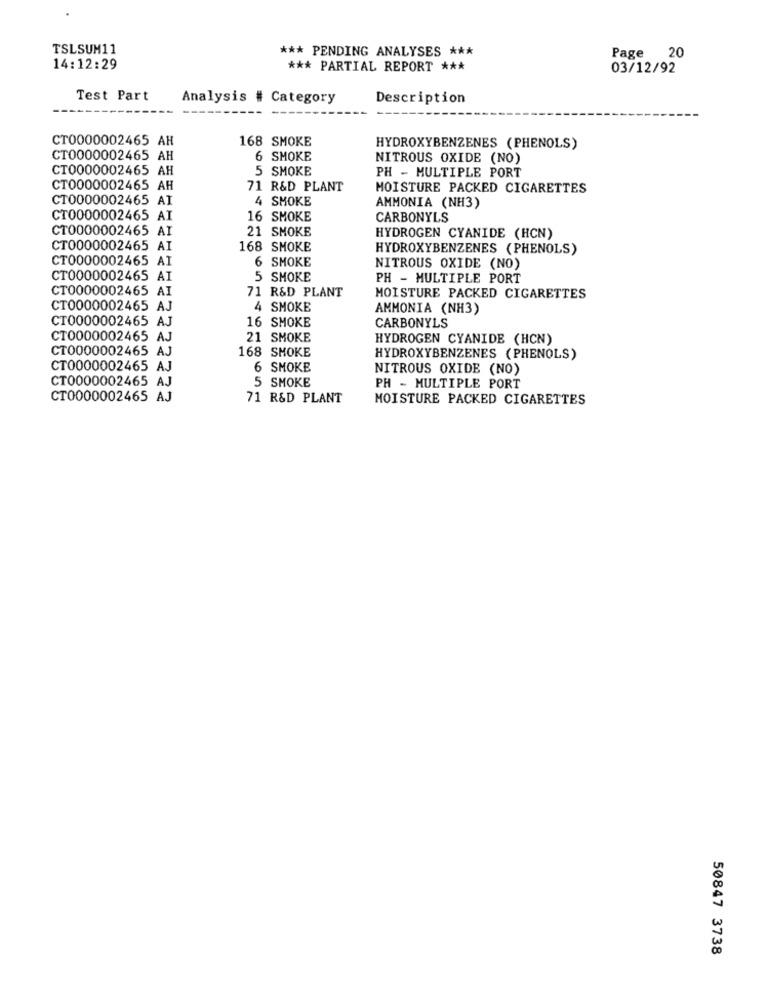
TSLSUM11
*** PENDING ANALYSES ***
20
Page
14:12:29
*** PARTIAL REPORT ***
03/12/92
Test Part
Analysis # Category
Description
CT0000002465 AH
168 SMOKE
HYDROXYBENZENES (PHENOLS)
CT0000002465 AH
6 SMOKE
NITROUS OXIDE (NO)
CT0000002465 AH
5 SMOKE
PH - MULTIPLE PORT
CT0000002465 AH
71 R&D PLANT
MOISTURE PACKED CIGARETTES
CT0000002465 AI
4 SMOKE
AMMONIA (NH3)
CT0000002465 AI
16 SMOKE
CARBONYLS
CT0000002465 AI
21 SMOKE
HYDROGEN CYANIDE (HCN)
CT0000002465 AI
168 SMOKE
HYDROXYBENZENES (PHENOLS)
CT0000002465 AI
6 SMOKE
NITROUS OXIDE (NO)
CT0000002465 AI
5 SMOKE
PH - MULTIPLE PORT
CT0000002465 AI
71 R&D PLANT
MOISTURE PACKED CIGARETTES
CT0000002465 AJ
4 SMOKE
AMMONIA (NH3)
CT0000002465 AJ
16 SMOKE
CARBONYLS
CT0000002465 AJ
21 SMOKE
HYDROGEN CYANIDE (HCN)
CT0000002465 AJ
168 SMOKE
HYDROXYBENZENES (PHENOLS)
CT0000002465 AJ
6 SMOKE
NITROUS OXIDE (NO)
CT0000002465 AJ
5 SMOKE
PH - MULTIPLE PORT
CT0000002465 AJ
71 R&D PLANT
MOISTURE PACKED CIGARETTES
50847 3738